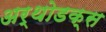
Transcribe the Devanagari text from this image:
अर्थोडक्स